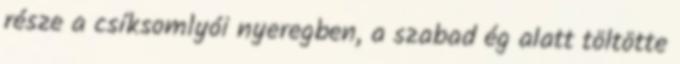
része a csíksomlyói nyeregben, a szabad ég alatt töltötte